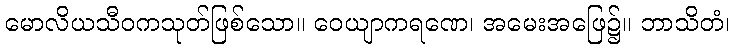
မောလိယသီဝကသုတ်ဖြစ်သော။ ဝေယျာကရဏေ၊ အမေးအဖြေ၌။ ဘာသိတံ၊